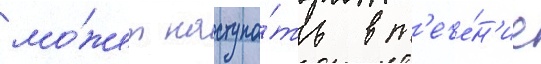
мо́жет наступа́ть в т'ече́н'ие